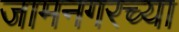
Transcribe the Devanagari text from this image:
जामनगरच्या